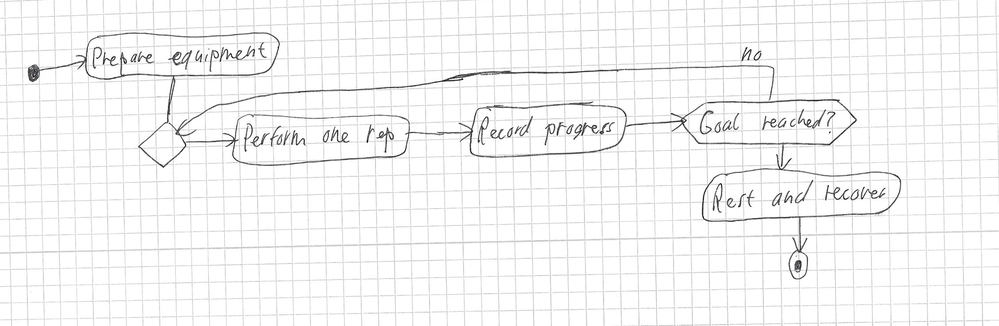
Diagram type: activity_diagram
```plantuml
@startuml

start
:Prepare equipment;
repeat
  :Perform one rep;
  :Record progress;
repeat while (Goal reached?) is (no)
:Rest and recover;
stop

@enduml
```